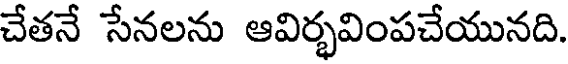
చేతనే సేనలను ఆవిర్భవింపచేయునది.